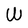
Character: W